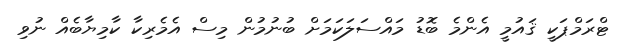
ޓްރަމްޕަކީ ޤައުމީ އެންމެ ބޮޑު މައްސަލަކަމަށް ބުނުމުން މިސް އެމެރިކާ ކާމިޔާބެއް ނުވި